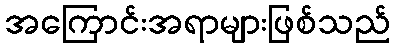
အကြောင်းအရာများဖြစ်သည်